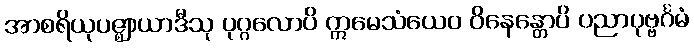
အာစရိယုပဇ္ဈာယာဒီသု ပုဂ္ဂလောပိ ဣမေသံယေဝ ဝိနေန္တောပိ ပညာပုဗ္ဗင်္ဂမံ